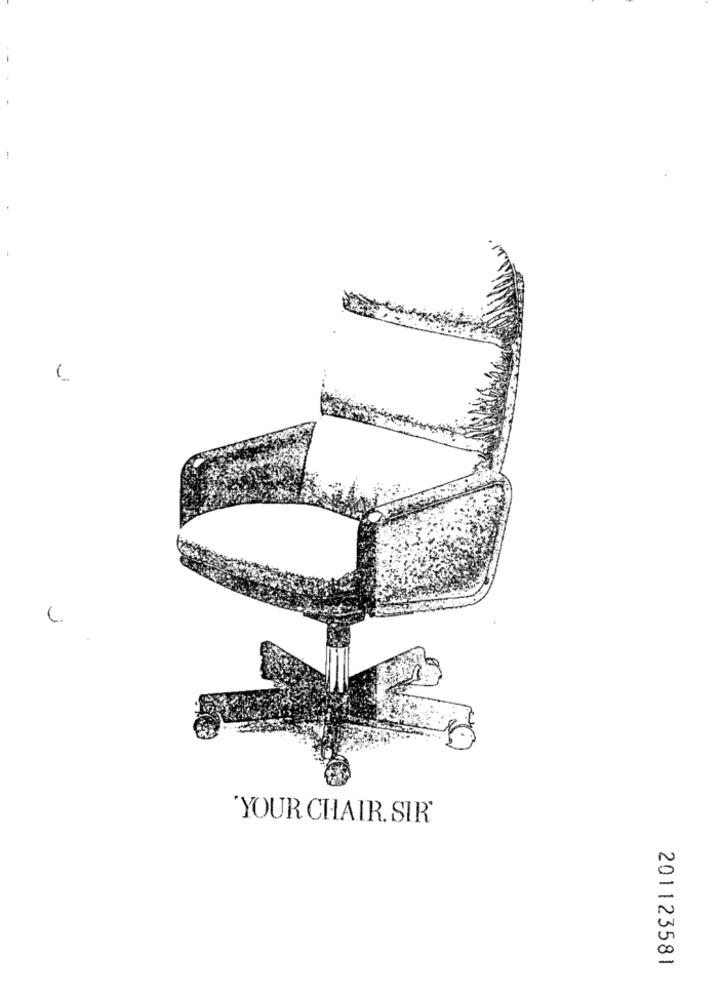
'YOUR CHAIR. SIR'
201123581